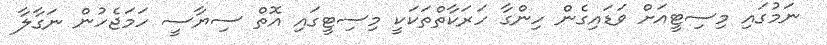
ނަމުގައި މިސިޓީއަށް ވަޑައިގެން ހިންގާ ހަރަކާތްތަކަކީ މިސިޓީގައި އޮތް ސިޔާސީ ހަމަޖެހުން ނަގާލާ